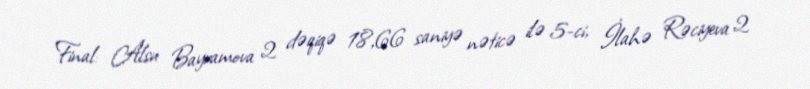
Final: Alsu Bayramova 2 dəqiqə 18,66 saniyə nəticə ilə 5-ci, İlahə Rəciyeva 2